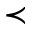
\prec